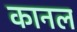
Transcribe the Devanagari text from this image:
कानल